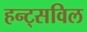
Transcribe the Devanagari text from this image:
हन्ट्सविल